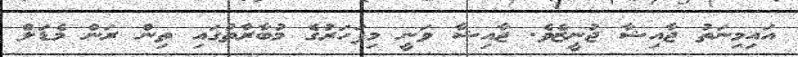
އައިމިނަތު ޖާއިޝާ ޖުނީޒެވެ. ޖާއިޝާ ވަނީ މިފަހަރުގެ މުބާރާތުގައި ތިން ރަން މެޑަލް